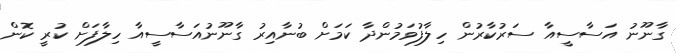
ގާނޫނު އަސާސީއާ ސަރުކާރުން ހިލާފުވަމުންދާ ކަމަށް ބުނާއިރު ގާނޫނުއަސާސީއާ ހިލާފަށް ކުރީ ކޮން